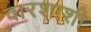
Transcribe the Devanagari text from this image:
वारशाशी